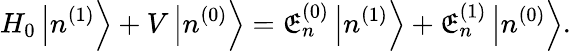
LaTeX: H_{0}\left|n^{(1)}\right\rangle+V\left|n^{(0)}\right\rangle=\mathfrak{E}_{n}^{(0)}\left|n^{(1)}\right\rangle+\mathfrak{E}_{n}^{(1)}\left|n^{(0)}\right\rangle.